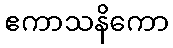
ဧကာသနိကော